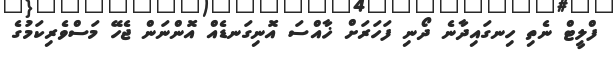
ފްލީޓް ނެތި ހިނގައިދާނެ ދޯނި ފަހަރަށް ޚާއްސަ އޮނިގަނޑެއް އޮންނަން ޖެހޭ މަސްވެރިކަމުގެ